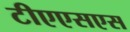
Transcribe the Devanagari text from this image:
टीएएसएस